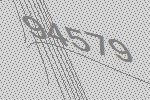
94579